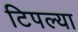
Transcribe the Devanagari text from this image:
टिपल्या